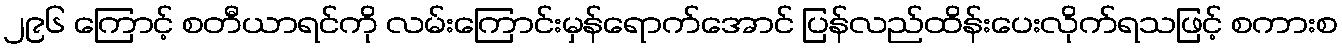
၂၉၆ ကြောင့် စတီယာရင်ကို လမ်းကြောင်းမှန်ရောက်အောင် ပြန်လည်ထိန်းပေးလိုက်ရသဖြင့် စကားစ